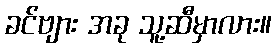
ခင်ဗျား အခု သူ့ဆီမှာလား။